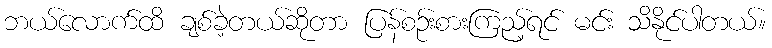
ဘယ်လောက်ထိ ချစ်ခဲ့တယ်ဆိုတာ ပြန်စဉ်းစားကြည့်ရင် မင်း သိနိုင်ပါတယ်။